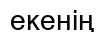
екенің